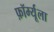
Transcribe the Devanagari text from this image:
फ़ॉर्म्यूला